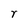
Character: r